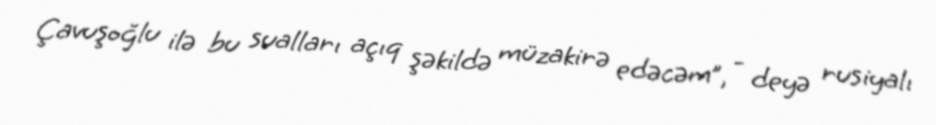
Çavuşoğlu ilə bu sualları açıq şəkildə müzakirə edəcəm”, - deyə rusiyalı